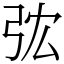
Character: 𢏐